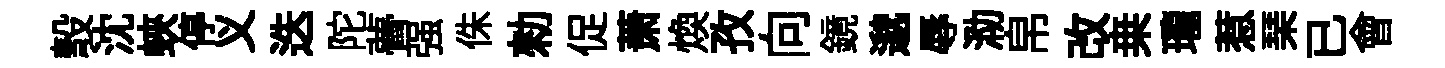
彀沈蛺停义迭陀瞢强侏勑促萧煥孜向鏡邈辱泐帛改桒瓏惹琹已會